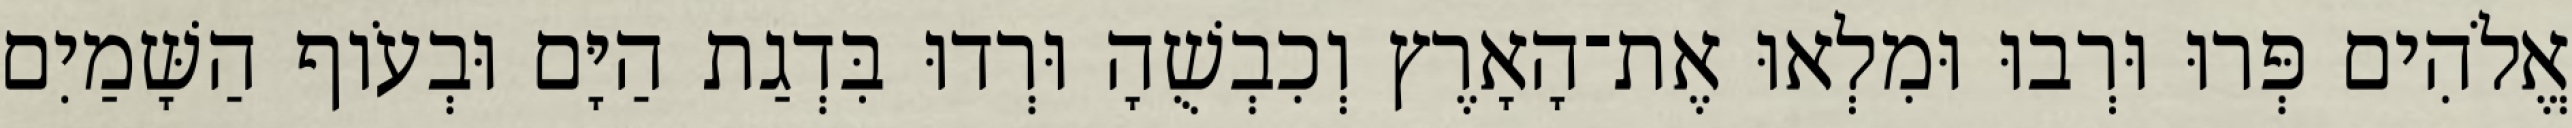
אֱלֹהִים פְּרוּ וּרְבוּ וּמִלְאוּ אֶת־הָאָרֶץ וְכִבְשֻׁהָ וּרְדוּ בִּדְגַת הַיָּם וּבְעֹוף הַשָּׁמַיִם